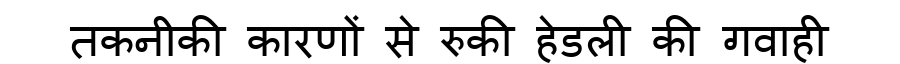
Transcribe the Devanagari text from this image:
तकनीकी कारणों से रुकी हेडली की गवाही